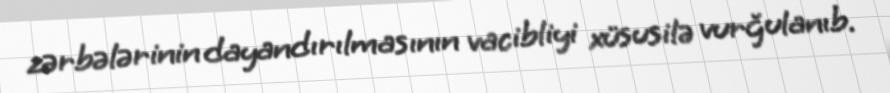
zərbələrinin dayandırılmasının vacibliyi xüsusilə vurğulanıb.